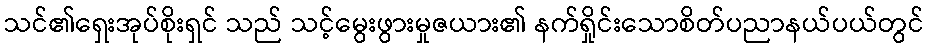
သင်၏ရှေးအုပ်စိုးရှင် သည် သင့်မွေးဖွားမှုဇယား၏ နက်ရှိုင်းသောစိတ်ပညာနယ်ပယ်တွင်